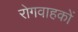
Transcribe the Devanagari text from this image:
रोगवाहकों